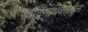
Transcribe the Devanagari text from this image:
रवींद्रनाथकालीन